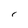
Character: r